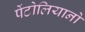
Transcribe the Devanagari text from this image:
पेंटोलियानो